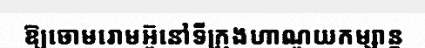
ឱ្យចោមរោមអ៊ូនៅទីក្រុងហាណូយកម្សាន្ត